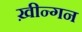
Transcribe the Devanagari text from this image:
ख़ीन्गन